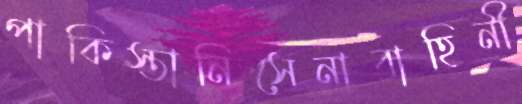
পাকিস্তানিসেনাবাহিনী